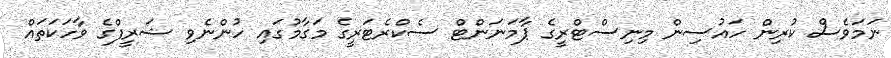
ނަމަވެސް ކުރިން ހައުސިން މިނިސްޓްރީގެ ޕާމަނަންޓް ސެކްރެޓަރީގެ މަގާމުގައި ހުންނެވި ޝަރީފްގެ ވާހަކަތައް